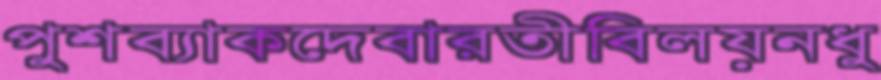
পুশব্যাকদেবারতীবিলয়নধু